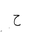
Letter: _ha